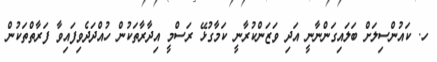
ހ. ކައުންސިލަށް ބަލައިގަންނާނީ އަދި ވަޒަންކުރާނީ ކަމާގުޅޭ ރަސްމީ އިދާރާތަކުން ހުއްދަދެވިފައިވާ ފަރާތްތަކުން